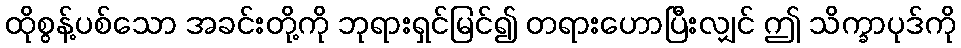
ထိုစွန့်ပစ်သော အခင်းတို့ကို ဘုရားရှင်မြင်၍ တရားဟောပြီးလျှင် ဤ သိက္ခာပုဒ်ကို